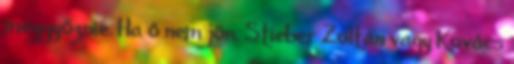
meggyőznie. Ha ő nem jön, Stieber Zoltán vagy Kovács